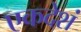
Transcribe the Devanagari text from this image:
एकदेशं